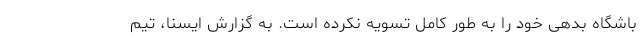
باشگاه بدهی خود را به طور کامل تسویه نکرده است. به گزارش ایسنا، تیم